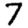
Digit: 7